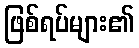
ဖြစ်ရပ်များ၏